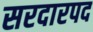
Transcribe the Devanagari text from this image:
सरदारपद